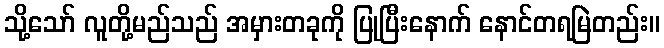
သို့သော် လူတို့မည်သည် အမှားတခုကို ပြုပြီးနောက် နောင်တရမြဲတည်း။